Bulletin of the Pasteur Institute of Southern India, Coonoor - No. 3.
Year: 1910
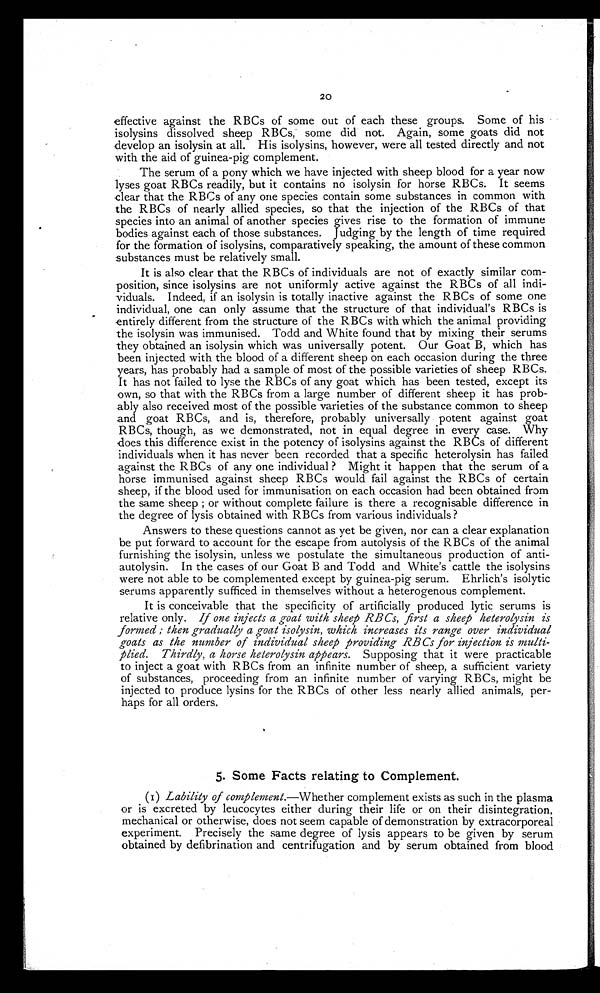
20
effective against the RBCs of some out of each these groups. Some of his
isolysins dissolved sheep RBCs, some did not. Again, some goats did not
develop an isolysin at all. His isolysins, however, were all tested directly and not
with the aid of guinea-pig complement.
The serum of a pony which we have injected with sheep blood for a year now
lyses goat RBCs readily, but it contains no isolysin for horse RBCs. It seems
clear that the RBCs of any one species contain some substances in common with
the RBCs of nearly allied species, so that the injection of the RBCs of that
species into an animal of another species gives rise to the formation of immune
bodies against each of those substances. Judging by the length of time required
for the formation of isolysins, comparatively speaking, the amount of these common
substances must be relatively small.
It is also clear that the RBCs of individuals are not of exactly similar com-
position, since isolysins are not uniformly active against the RBCs of all indi-
viduals. Indeed, if an isolysin is totally inactive against the RBCs of some one
individual, one can only assume that the structure of that individual's RBCs is
entirely different from the structure of the RBCs with which the animal providing
the isolysin was immunised. Todd and White found that by mixing their serums
they obtained an isolysin which was universally potent. Our Goat B, which has
been injected with the blood of a different sheep on each occasion during the three
years, has probably had a sample of most of the possible varieties of sheep RBCs.
It has not failed to lyse the RBCs of any goat which has been tested, except its
own, so that with the RBCs from a large number of different sheep it has prob-
ably also received most of the possible varieties of the substance common to sheep
and goat RBCs, and is, therefore, probably universally potent against goat
RBCs, though, as we demonstrated, not in equal degree in every case. Why
does this difference exist in the potency of isolysins against the RBCs of different
individuals when it has never been recorded that a specific heterolysin has failed
against the RBCs of any one individual ? Might it happen that the serum of a
horse immunised against sheep RBCs would fail against the RBCs of certain
sheep, if the blood used for immunisation on each occasion had been obtained from
the same sheep ; or without complete failure is there a recognisable difference in
the degree of lysis obtained with RBCs from various individuals ?
Answers to these questions cannot as yet be given, nor can a clear explanation
be put forward to account for the escape from autolysis of the RBCs of the animal
furnishing the isolysin, unless we postulate the simultaneous production of anti-
autolysin. In the cases of our Goat B and Todd and White's cattle the isolysins
were not able to be complemented except by guinea-pig serum. Ehrlich's isolytic
serums apparently sufficed in themselves without a heterogenous complement.
It is conceivable that the specificity of artificially produced lytic serums is
relative only. If one injects a goat with sheep RBCs, first a sheep heterolysin is
formed ; then gradually a goat isolysin, which increases its range over individual
goats as the number of individual sheep providing RB Cs for injection is multi-
plied. Thirdly, a horse heterolysin appears. Supposing that it were practicable
to inject a goat with RBCs from an infinite number of sheep, a sufficient variety
of substances, proceeding from an infinite number of varying RBCs, might be
injected to produce lysins for the RBCs of other less nearly allied animals, per-
haps for all orders.
5. Some Facts relating to Complement.
(I) Lability of complement.—Whether complement exists as such in the plasma
or is excreted by leucocytes either during their life or on their disintegration,
mechanical or otherwise, does not seem capable of demonstration by extracorporeal
experiment. Precisely the same degree of lysis appears to be given by serum
obtained by defibrination and centrifugation and by serum obtained from blood